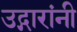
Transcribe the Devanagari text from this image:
उद्गारांनी